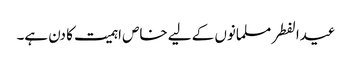
عیدالفطر مسلمانوں کے لیے خاص اہمیت کا دن ہے۔